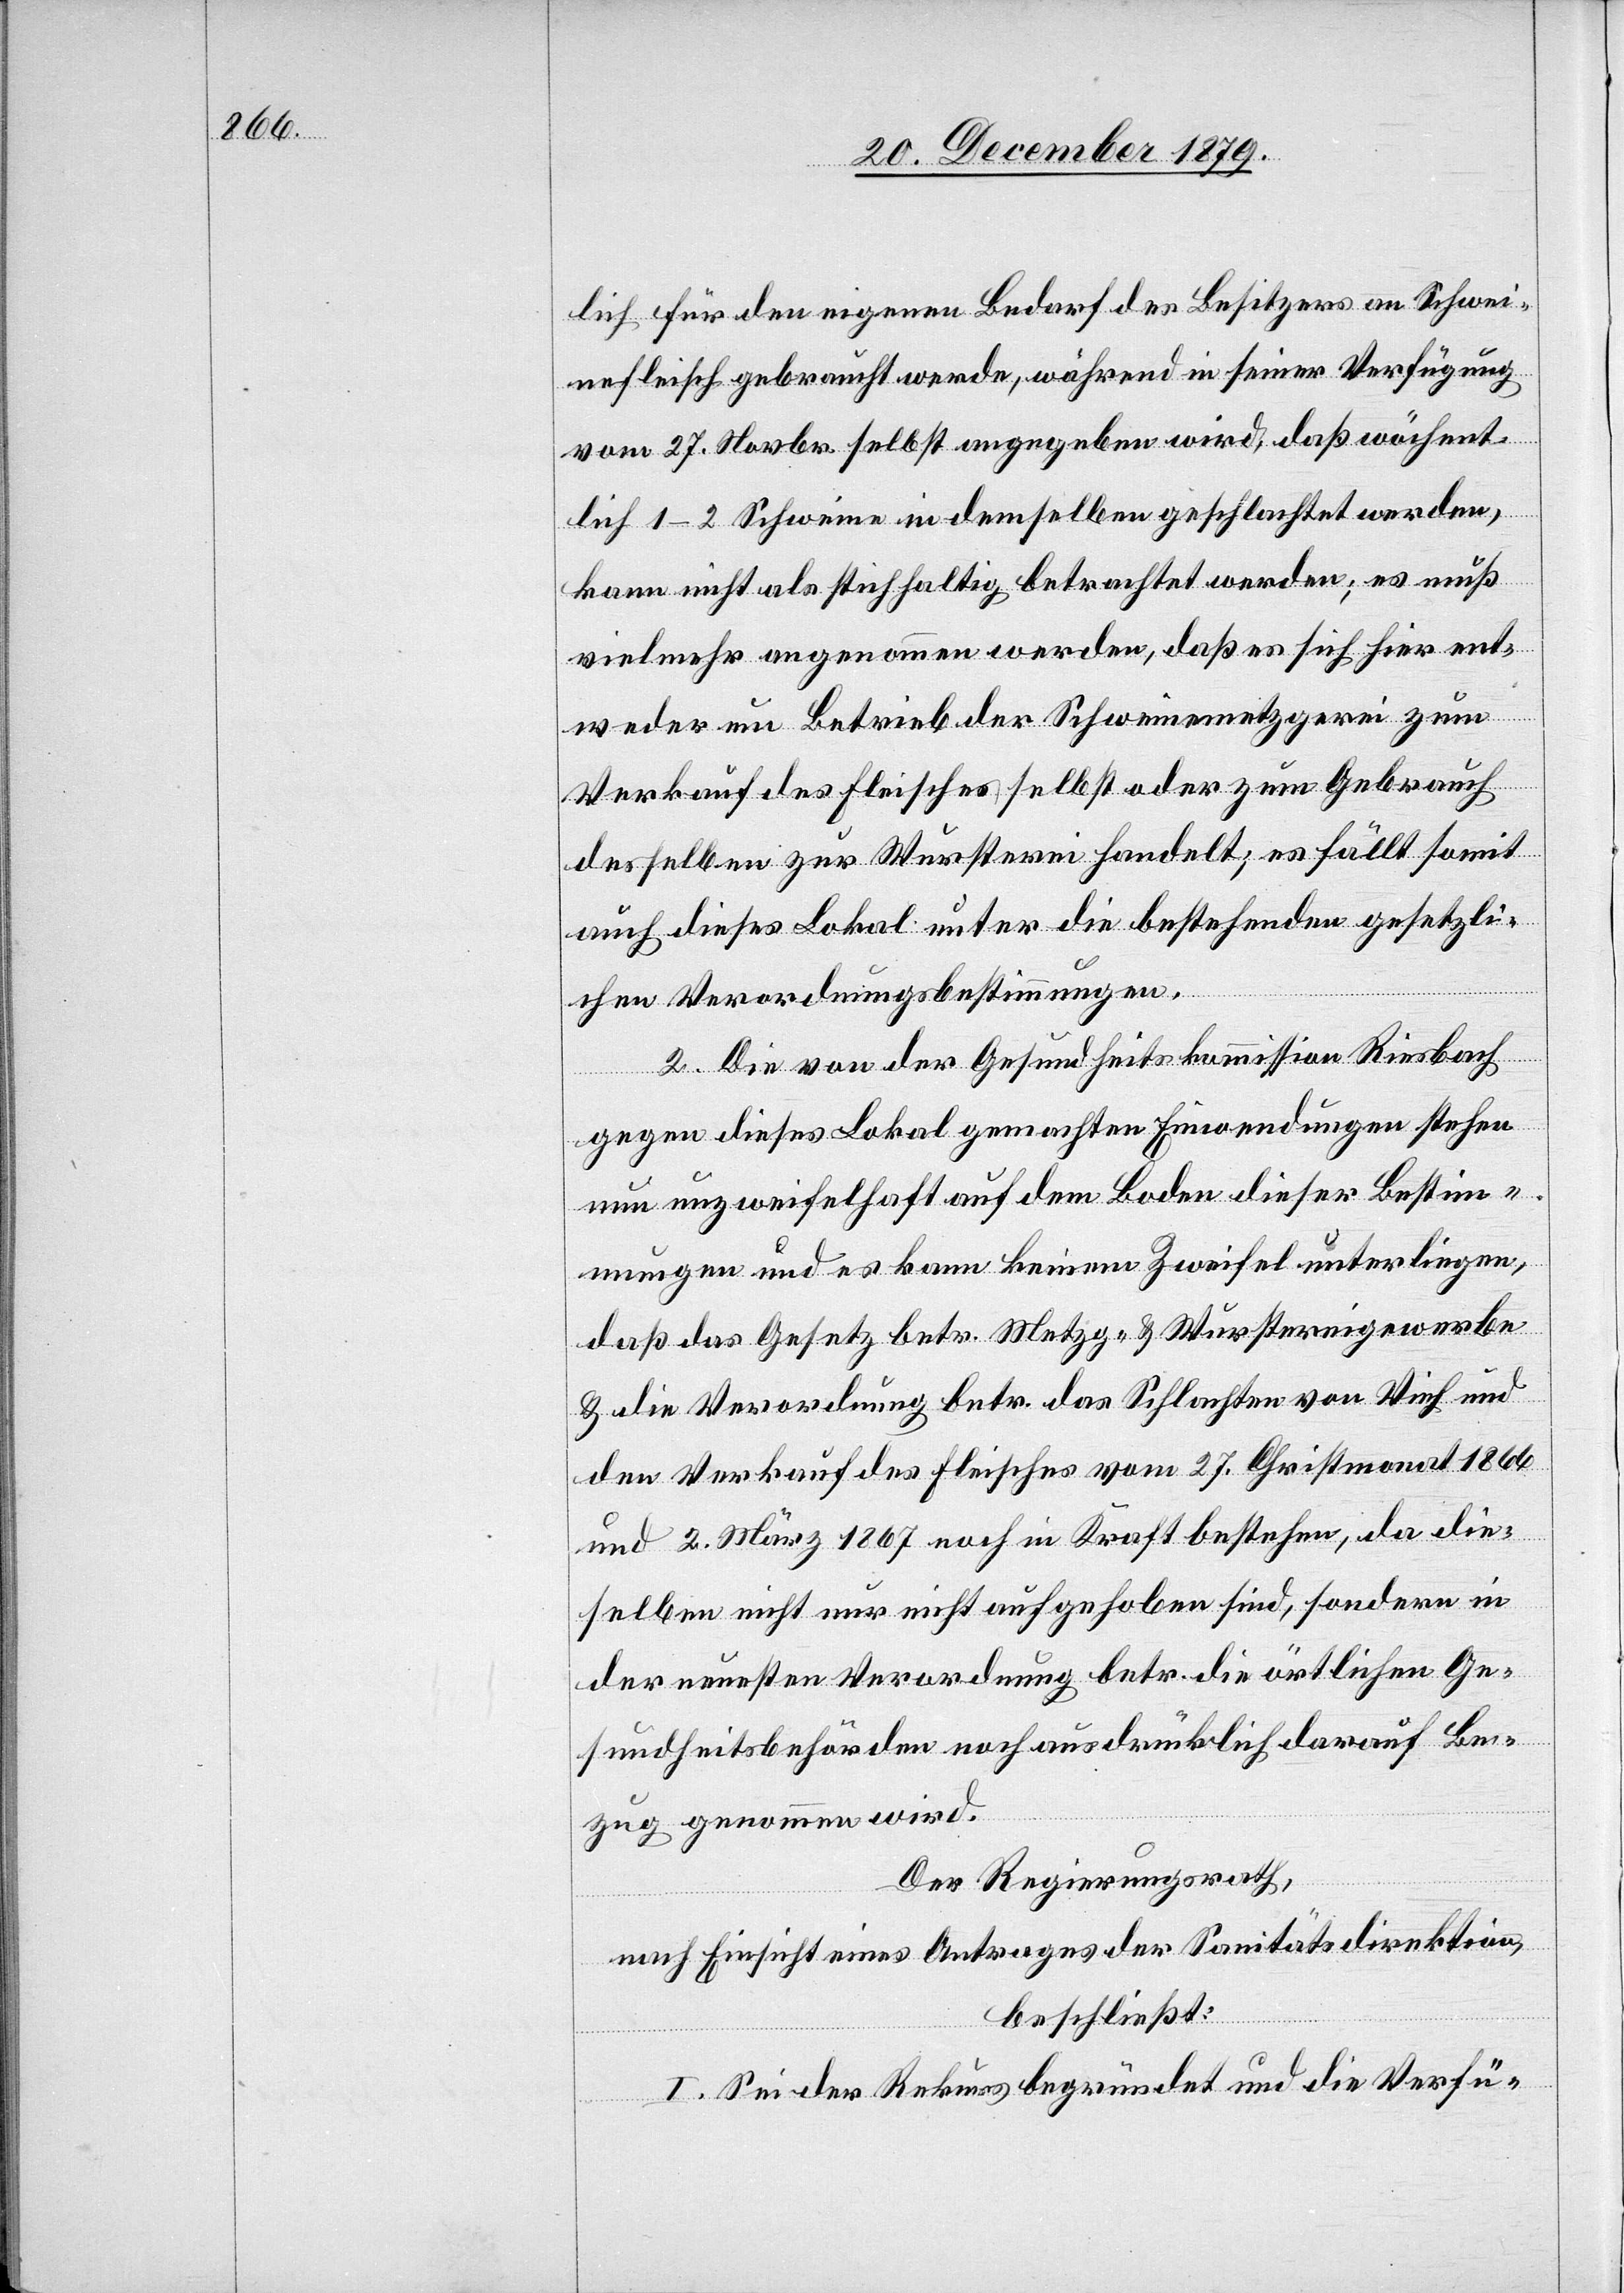
nefleisch gebraucht werde, während in seiner Verfügung
vom 27. Novbr. selbst angegeben wird, daß wöchent¬
lich 1–2 Schweine in demselben geschlachtet werden,
kann nicht als stichhaltig betrachtet werden; es muß
vielmehr angenommen werden, daß es sich hier ent¬
weder um Betrieb der Schweinemetzgerei zum
Verkauf des Fleisches selbst oder zum Gebrauch
desselben zur Wursterei handelt; es fällt somit
auch dieses Lokal unter die bestehenden gesetzli¬
chen Verordnungsbestimmungen.
2. Die von der Gesundheitskommission Riesbach
gegen dieses Lokal gemachten Einwendungen stehen
nun unzweifelhaft auf dem Boden dieser Bestim¬
mungen und es kann keinem Zweifel unterliegen,
daß das Gesetz betr. Metzg- & Wurstereigewerbe
& die Verordnung betr. das Schlachten von Vieh und
den Verkauf des Fleisches vom 27. Christmonat 1866
und 2. März 1867 noch in Kraft bestehen, da die¬
selben nicht nur nicht aufgehoben sind, sondern in
der neuesten Verordnung betr. die örtlichen Ge¬
sundheitsbehörden noch ausdrücklich darauf Be¬
zug genommen wird.
Der Regierungsrath
nach Einsicht eines Antrages der Sanitätsdirektion,
Schwei¬
beschließt:
I. Sei der Rekurs begründet und die Verfü-